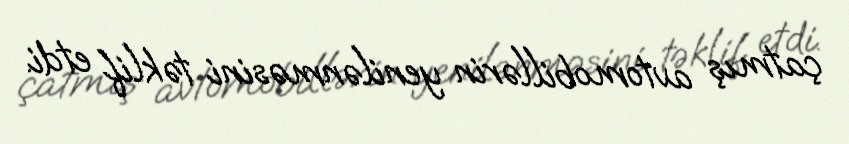
çatmış avtomobillərin yenilənməsini təklif etdi.